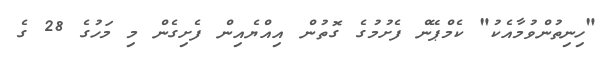
"ހިނިތުންވުމާއެކު" ކެމްޕޭން ފެށުމުގެ ގޮތުން އިއްޔެއިން ފެށިގެން މި މަހުގެ 28 ގެ